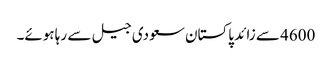
4600 سے زائد پاکستان سعودی جیل سے رہا ہوئے۔